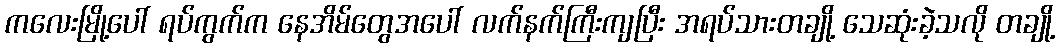
ကလေးမြို့ပေါ် ရပ်ကွက်က နေအိမ်တွေအပေါ် လက်နက်ကြီးကျပြီး အရပ်သားတချို့ သေဆုံးခဲ့သလို တချို့